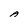
Character: A